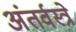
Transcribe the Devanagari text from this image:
अंतर्वस्त्रे